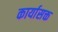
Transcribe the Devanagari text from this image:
कार्यासक्त